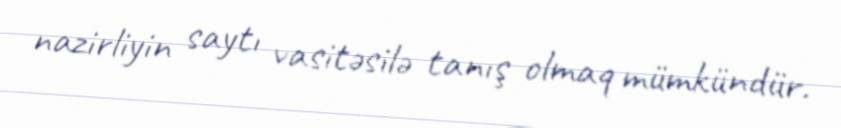
nazirliyin saytı vasitəsilə tanış olmaq mümkündür.